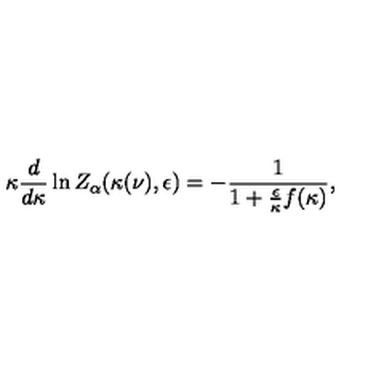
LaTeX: \kappa \frac { d } { d \kappa } \ln Z _ { \alpha } ( \kappa ( \nu ) , \epsilon ) = - \frac { 1 } { 1 + \frac { \epsilon } { \kappa } f ( \kappa ) } ,